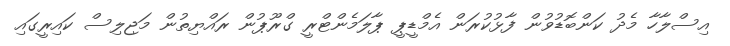
އިސްލާހާ މެދު ކަންބޮޑުވުން ފާޅުކުރަން އެމްޑީޕީ ޕާލަމެންޓްރީ ގްރޫޕުން ރައްޔިތުން މަޖިލިސް ކައިރީގައި